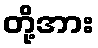
တို့အား